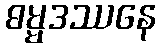
ဓမ္မဒဿနေ